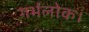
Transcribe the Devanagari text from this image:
गर्भलोक।